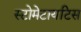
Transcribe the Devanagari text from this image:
स्टोमेटायटिस